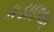
કડાછલા